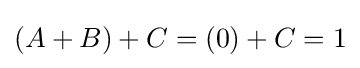
(A+B)+C=(0)+C=1